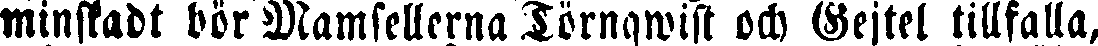
minskadt bör Mamsellerna Törnqwist ock Gejtel tillfalla,